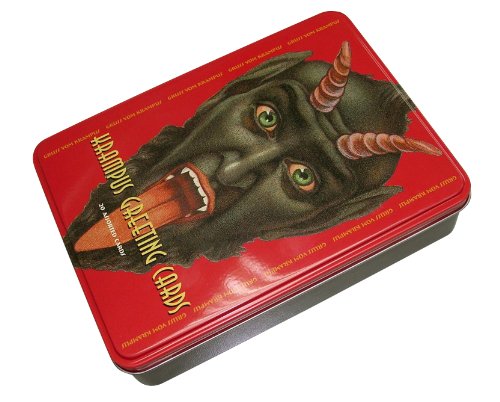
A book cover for Krampus Greeting Cards: Gruss vom Krampus!; Crafts, Hobbies & Home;